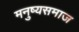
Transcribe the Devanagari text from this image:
मनुष्यसमाज